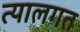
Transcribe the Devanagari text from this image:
त्यालगत